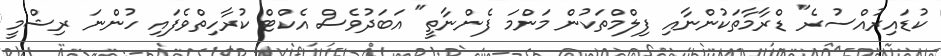
ކުޑައިރުއްސުރެ" ޑްރާމާތަކުންނާއި ފިލްމްތަކުން މަންމަ ފެންނާތީ" އަބަދުވެސް އެކްޓް ކުރާހިތްވެފައި ހުންނަ ރިޝްމީ